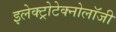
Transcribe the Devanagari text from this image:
इलेक्ट्रोटेक्नोलॉजी